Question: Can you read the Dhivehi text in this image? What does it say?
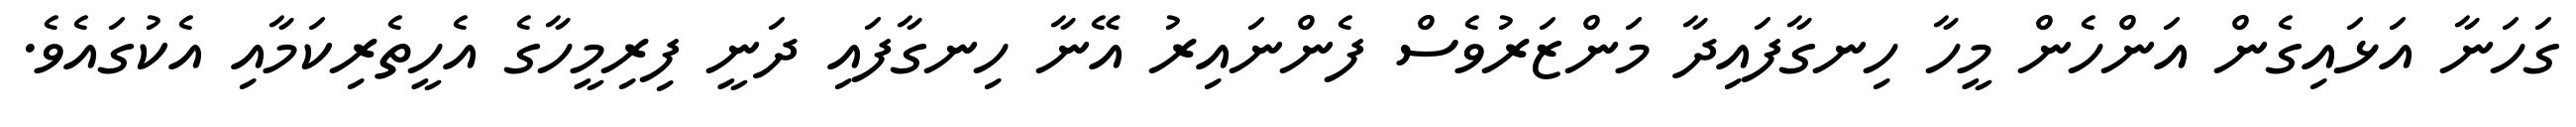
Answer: ގަހަނާ އަޅައިގެން އަންހެން މީހާ ހިނގާފައިދާ މަންޒަރުވެސް ފެންނައިރު އޭނާ ހިނގާފައި ދަނީ ފިރިމީހާގެ އެހީތެރިކަމާއި އެކުގައެވެ.